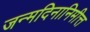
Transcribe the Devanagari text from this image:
जन्मदिनानिमीत्त